Report of the King Institute of Preventive Medicine, Guindy
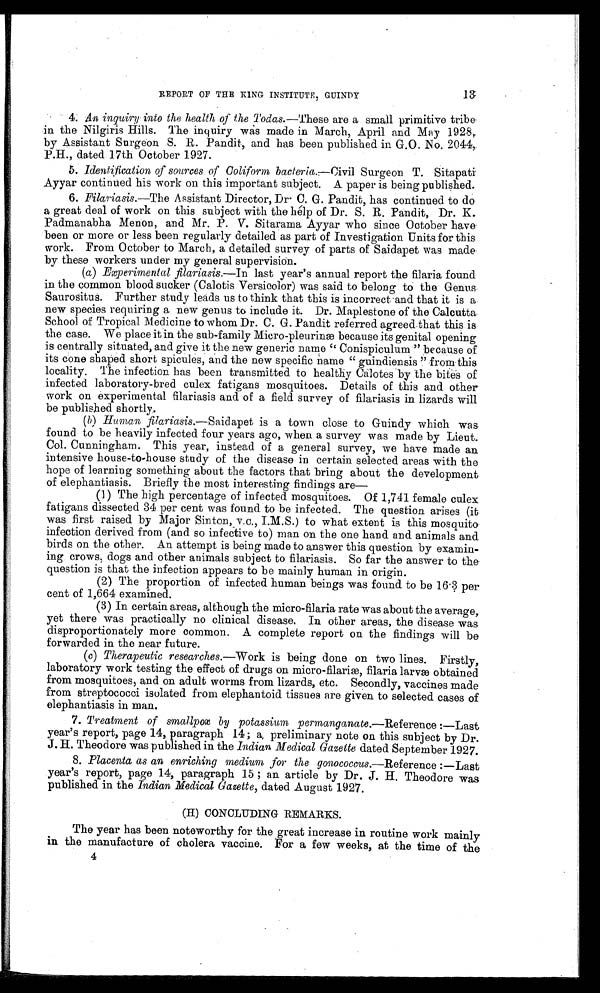
13
R E P O R T O F T H E K I N G I N S T I T U T E , G U I N D Y
4. An inquiry into the health of the Todas.— These are a small primitive tribe
in the Nilgiris Hills. The inquiry was made in March, April and May 1928,
by Assistant Surgeon S. R. Pandit, and has been published in G.O. No. 2044,
P.H., dated 17th October 1927.
5. Identification of sources of Coliform bacteria.—Civil Surgeon T. Sitapati
Ayyar continued his work on this important subject. A paper is being published.
6. Filariasis.— The Assistant Director, Dr C. G. Pandit, has continued to do
a great deal of work on this subject with the help of Dr. S. R. Pandit, Dr. K.
Padmanabha Menon, and Mr. P. V. Sitarama Ayyar who since October have
been or more or less been regularly detailed as part of Investigation Units for this
work. From October to March, a detailed survey of parts of Saidapet was made
by these workers under my general supervision.
(a) Experimental filariasis.— In last year's annual report the filaria found
in the common blood sucker (Calotis Versicolor) was said to belong to the Genus
Saurositus. Further study leads us to think that this is incorrect and that it is a
new species requiring a new genus to include it. Dr. Maplestone of the Calcutta
School of Tropical Medicine to whom Dr. C. G. Pandit referred agreed that this is
the case. We place it in the sub-family Micro-pleurinæ because its genital opening
is centrally situated, and give it the new generic name " Conispiculum " because of
its cone shaped short spicules, and the new specific name " guindiensis " from this
locality. The infection has been transmitted to healthy Calotes by the bites of
infected laboratory-bred culex fatigans mosquitoes. Details of this and other
work on experimental filariasis and of a field survey of filariasis in lizards will
be published shortly.
(b) Human filariasis.— Saidapet is a town close to Guindy which was
found to be heavily infected four years ago, when a survey was made by Lieut.
Col. Cunningham. This year, instead of a general survey, we have made an
intensive house-to-house study of the disease in certain selected areas with the
hope of learning something about the factors that bring about the development
of elephantiasis. Briefly the most interesting findings are
(1) The high percentage of infected mosquitoes. Of 1,741 female culex
fatigans dissected 34 per cent was found to be infected. The question arises (it
was first raised by Major Sinton, v.c., I.M.S.) to what extent is this mosquito
infection derived from (and so infective to) man on the one hand and animals and
birds on the other. An attempt is being made to answer this question by examin--
ing crows, dogs and other animals subject to filariasis. So far the answer to the
question is that the infection appears to be mainly human in origin.
(2) The proportion of infected human beings was found to be 16.3 per
cent of 1,664 examined.
(3) In certain areas, although the micro-filaria rate was about the average,
yet there was practically no clinical disease. In other areas, the disease was
disproportionately more common. A complete report on the findings will be
forwarded in the near future.
(c) Therapeutic researches.— Work is being done on two lines. Firstly,
laboratory work testing the effect of drugs on micro-filariæ, filaria larvæ obtained
from mosquitoes, and on adult worms from lizards, etc. Secondly, vaccines made
from streptococci isolated from elephantoid tissues are given to selected cases of
elephantiasis in man.
7. Treatment of smallpox by potassium permanganate.— Reference :—Last
year's report, page 14, paragraph 14 ; a preliminary note on this subject by Dr.
J. H. Theodore was published in the Indian Medical Gazette dated September 1927.
8. Placenta as an enriching medium for the gonococcus .—Reference :—Last
year's report, page 14, paragraph 15 ; an article by Dr. J. H. Theodore was
published in the Indian Medical Gazette, dated August 1927.
(H) CONCLUDING REMARKS.
The year has been noteworthy for the great increase in routine work mainly
in the manufacture of cholera vaccine. For a few weeks, at the time of the
4